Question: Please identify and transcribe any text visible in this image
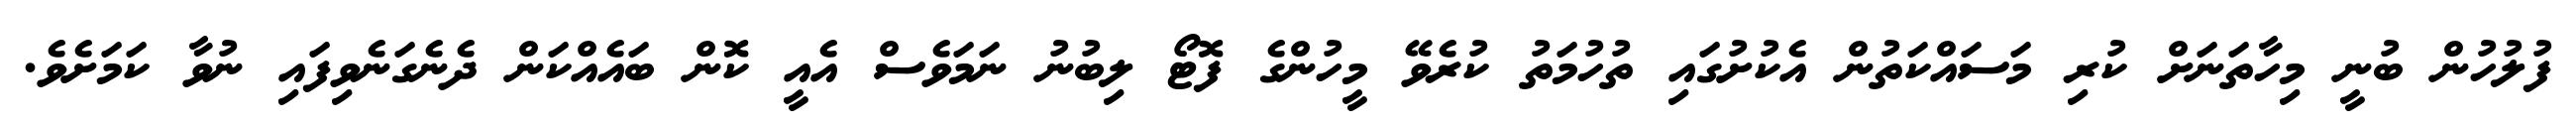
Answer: ފުލުހުން ބުނީ މިހާތަނަށް ކުރި މަސައްކަތުން އެކުށުގައި ތުހުމަތު ކުރެވޭ މީހުންގެ ފޮޓޯ ލިބުނު ނަމަވެސް އެއީ ކޮން ބައެއްކަން ދެނެގަނެވިފައި ނުވާ ކަމަށެވެ.